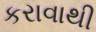
કરાવાથી